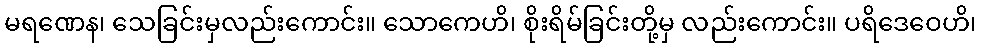
မရဏေန၊ သေခြင်းမှလည်းကောင်း။ သောကေဟိ၊ စိုးရိမ်ခြင်းတို့မှ လည်းကောင်း။ ပရိဒေဝေဟိ၊